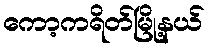
ကော့ကရိတ်မြို့နယ်